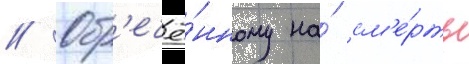
// Обр'ечё́нному на́ см'е́рть